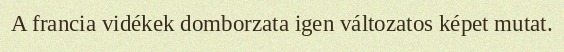
A francia vidékek domborzata igen változatos képet mutat.